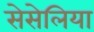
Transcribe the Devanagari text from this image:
सेसेलिया